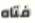
فتاه